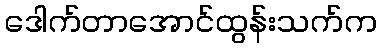
ဒေါက်တာအောင်ထွန်းသက်က